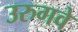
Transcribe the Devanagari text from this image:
उरुगवे